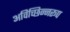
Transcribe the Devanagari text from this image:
अविच्छिन्नरूप